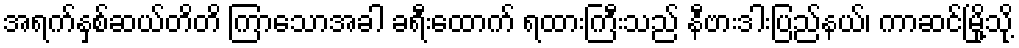
အရက်နှစ်ဆယ်တိတိ ကြာသောအခါ ခရီးထောက် ရထားကြီးသည် နီဗားဒါးပြည်နယ်၊ ကာဆင်မြို့သို့